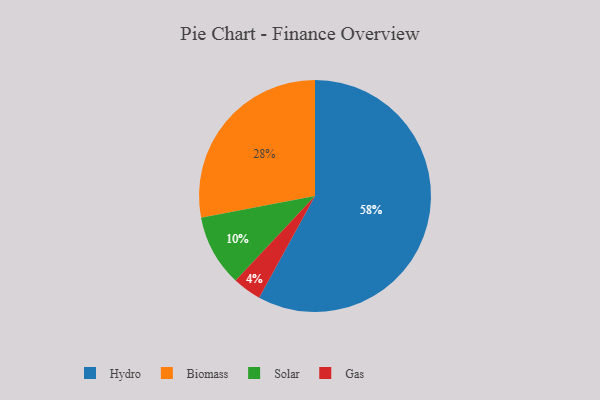
{"axis": {"x": "Category", "y": "Percentage"}, "legend": ["Biomass", "Gas", "Hydro", "Solar"], "data": [{"x": "Biomass", "y": 28, "type": "Biomass"}, {"x": "Solar", "y": 10, "type": "Solar"}, {"x": "Gas", "y": 4, "type": "Gas"}, {"x": "Hydro", "y": 58, "type": "Hydro"}]}